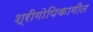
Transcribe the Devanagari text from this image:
श्रीगोपिकागीत